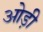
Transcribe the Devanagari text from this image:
ओड़ी